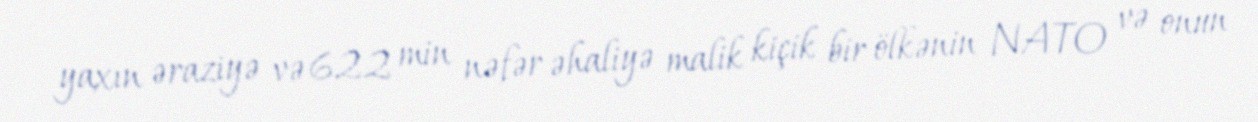
yaxın əraziyə və 622 min nəfər əhaliyə malik kiçik bir ölkənin NATO və onun